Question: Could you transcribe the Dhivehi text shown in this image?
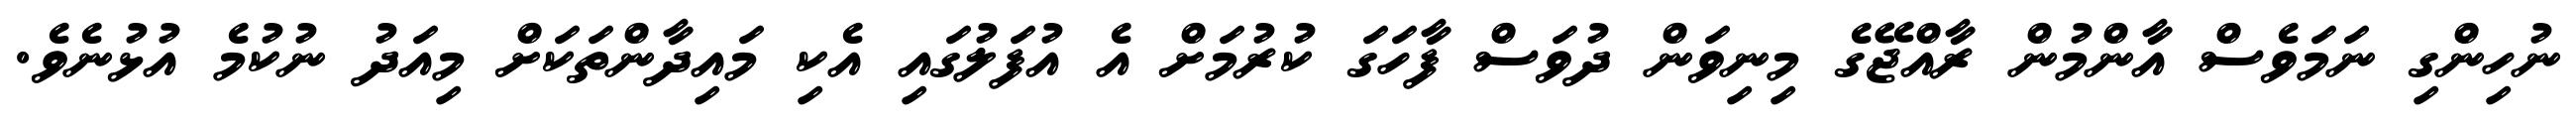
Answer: ނުހިންގި ނަމަވެސް އާންމުން ރާއްޖޭގެ މިނިވަން ދުވަސް ފާހަގަ ކުރުމަށް އެ އުފަލުގައި އެކި މައިދާންތަކަށް މިއަދު ނުކުމެ އުޅުނެވެ.